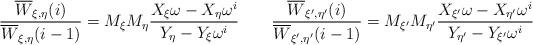
LaTeX: \begin{align*}\frac{\overline{W}_{\xi,\eta}(i)}{\overline{W}_{\xi,\eta}(i-1)} = M_{\xi}M_{\eta}\frac{X_{\xi}\omega - X_{\eta}\omega^{i}}{Y_{\eta} - Y_{\xi}\omega^{i}} \qquad \frac{\overline{W}_{\xi',\eta'}(i)}{\overline{W}_{\xi',\eta'}(i-1)} = M_{\xi'}M_{\eta'}\frac{X_{\xi'}\omega - X_{\eta'}\omega^{i}}{Y_{\eta'} - Y_{\xi'}\omega^{i}}\qquad\end{align*}